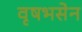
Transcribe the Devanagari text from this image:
वृषभसेन